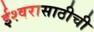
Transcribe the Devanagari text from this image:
ईश्वरासाठीची